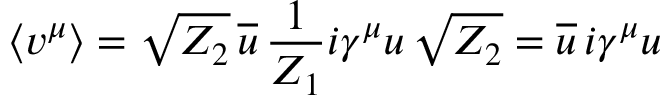
\langle v ^ { \mu } \rangle = \sqrt { Z _ { 2 } } \, \overline { { { u } } } \, { \frac { 1 } { Z _ { 1 } } } i \gamma ^ { \mu } u \, \sqrt { Z _ { 2 } } = \overline { { { u } } } \, i \gamma ^ { \mu } u